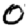
Digit: 0